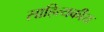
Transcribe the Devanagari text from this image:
साहित्यकीय